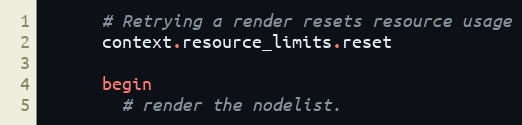
Language: Ruby
      # Retrying a render resets resource usage
      context.resource_limits.reset

      begin
        # render the nodelist.